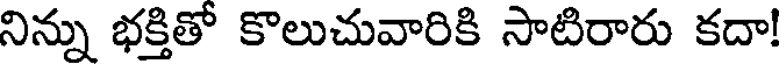
నిన్ను భక్తితో కొలుచువారికి సాటిరారు కదా!